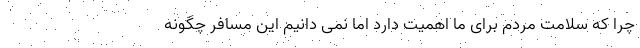
چرا که سلامت مردم برای ما اهمیت دارد اما نمی دانیم این مسافر چگونه